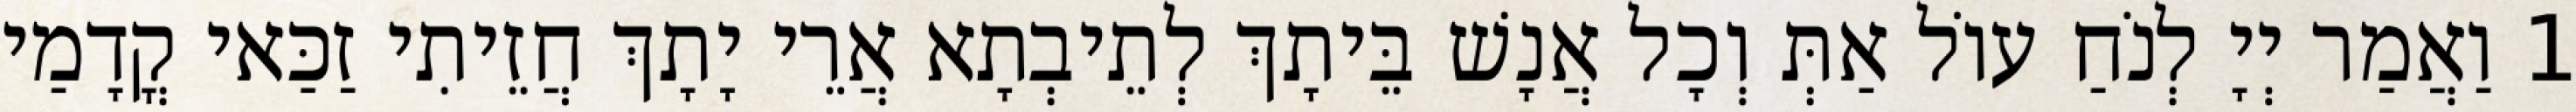
1 וַאֲמַר יְיָ לְנֹחַ עוֹל אַתְּ וְכָל אֲנָשׁ בֵּיתָךְ לְתֵיבְתָא אֲרֵי יָתָךְ חֲזֵיתִי זַכַּאי קֳדָמַי